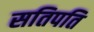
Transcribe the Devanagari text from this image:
सतिपति